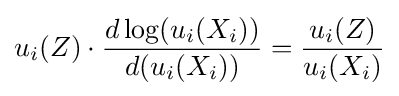
u_{i}(Z)\cdot {d\log(u_{i}(X_{i})) \over d(u_{i}(X_{i}))}={u_{i}(Z) \over u_{i}(X_{i})}